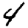
Digit: 4